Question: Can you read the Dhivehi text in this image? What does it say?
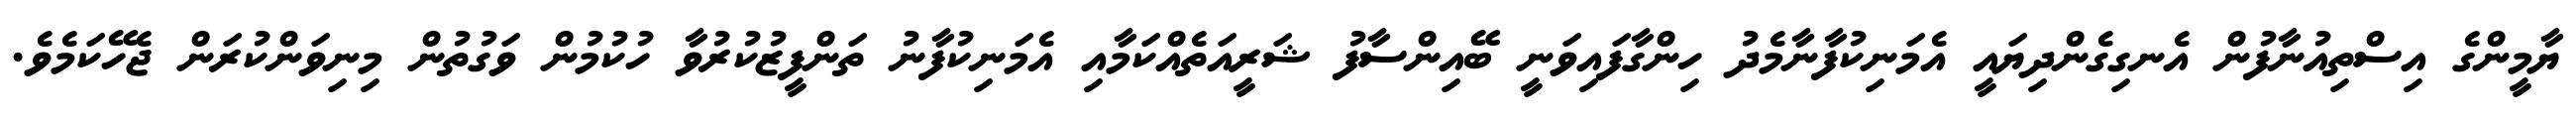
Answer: ޔާމީންގެ އިސްތިއުނާފުން އެނގިގެންދިޔައީ އެމަނިކުފާނާމެދު ހިންގާފައިވަނީ ބޭއިންސާފު ޝަރީއަތެއްކަމާއި އެމަނިކުފާނު ތަންފީޒުކުރުވާ ހުކުމުން ވަގުތުން މިނިވަންކުރަން ޖެހޭކަމެވެ.